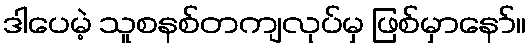
ဒါပေမဲ့ သူစနစ်တကျလုပ်မှ ဖြစ်မှာနော်။